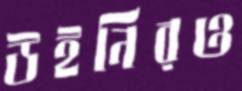
উইনিরও